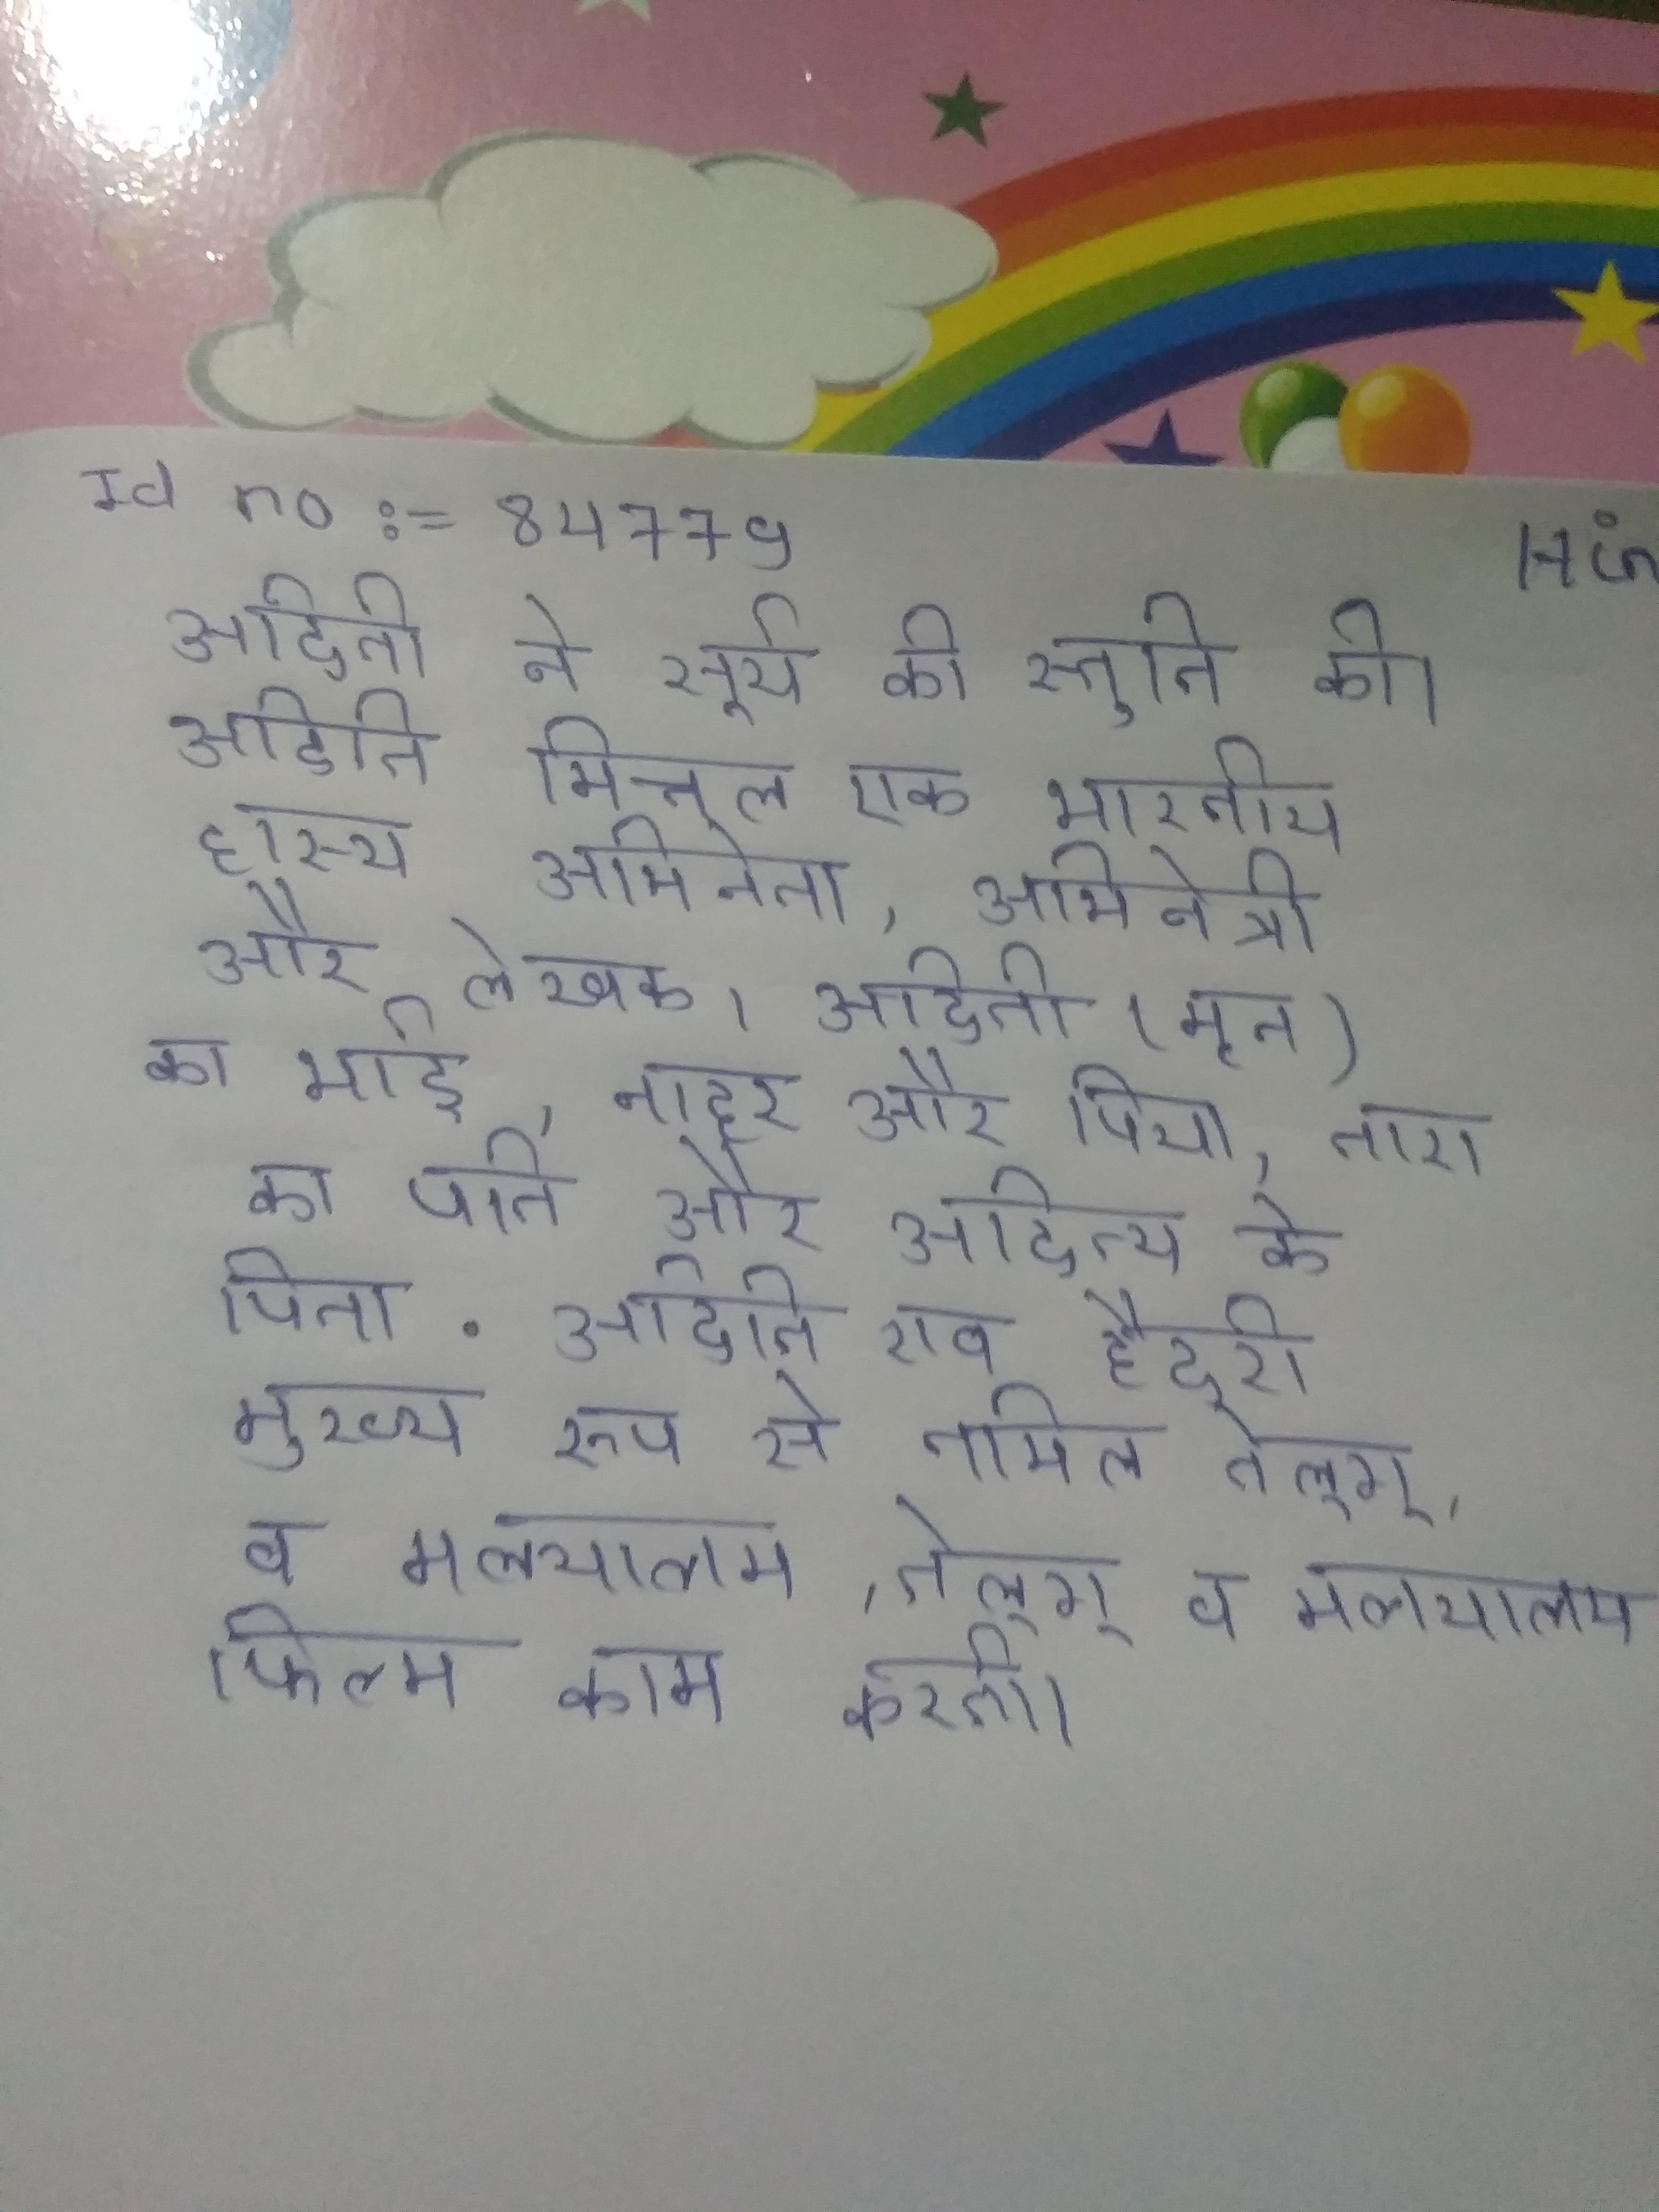
अदिति ने सूर्य की स्तुति की । अदिति मित्तल एक भारतीय हास्य अभिनेता, अभिनेत्री और लेखक । अदिति (मृत) का भाई, नाहर और पिया, तारा का पति और आदित्य के पिता . अदिति राव हैदरी मुख्य रूप से तमिल, तेलुगू, व मलयालम फिल्म काम करती ।